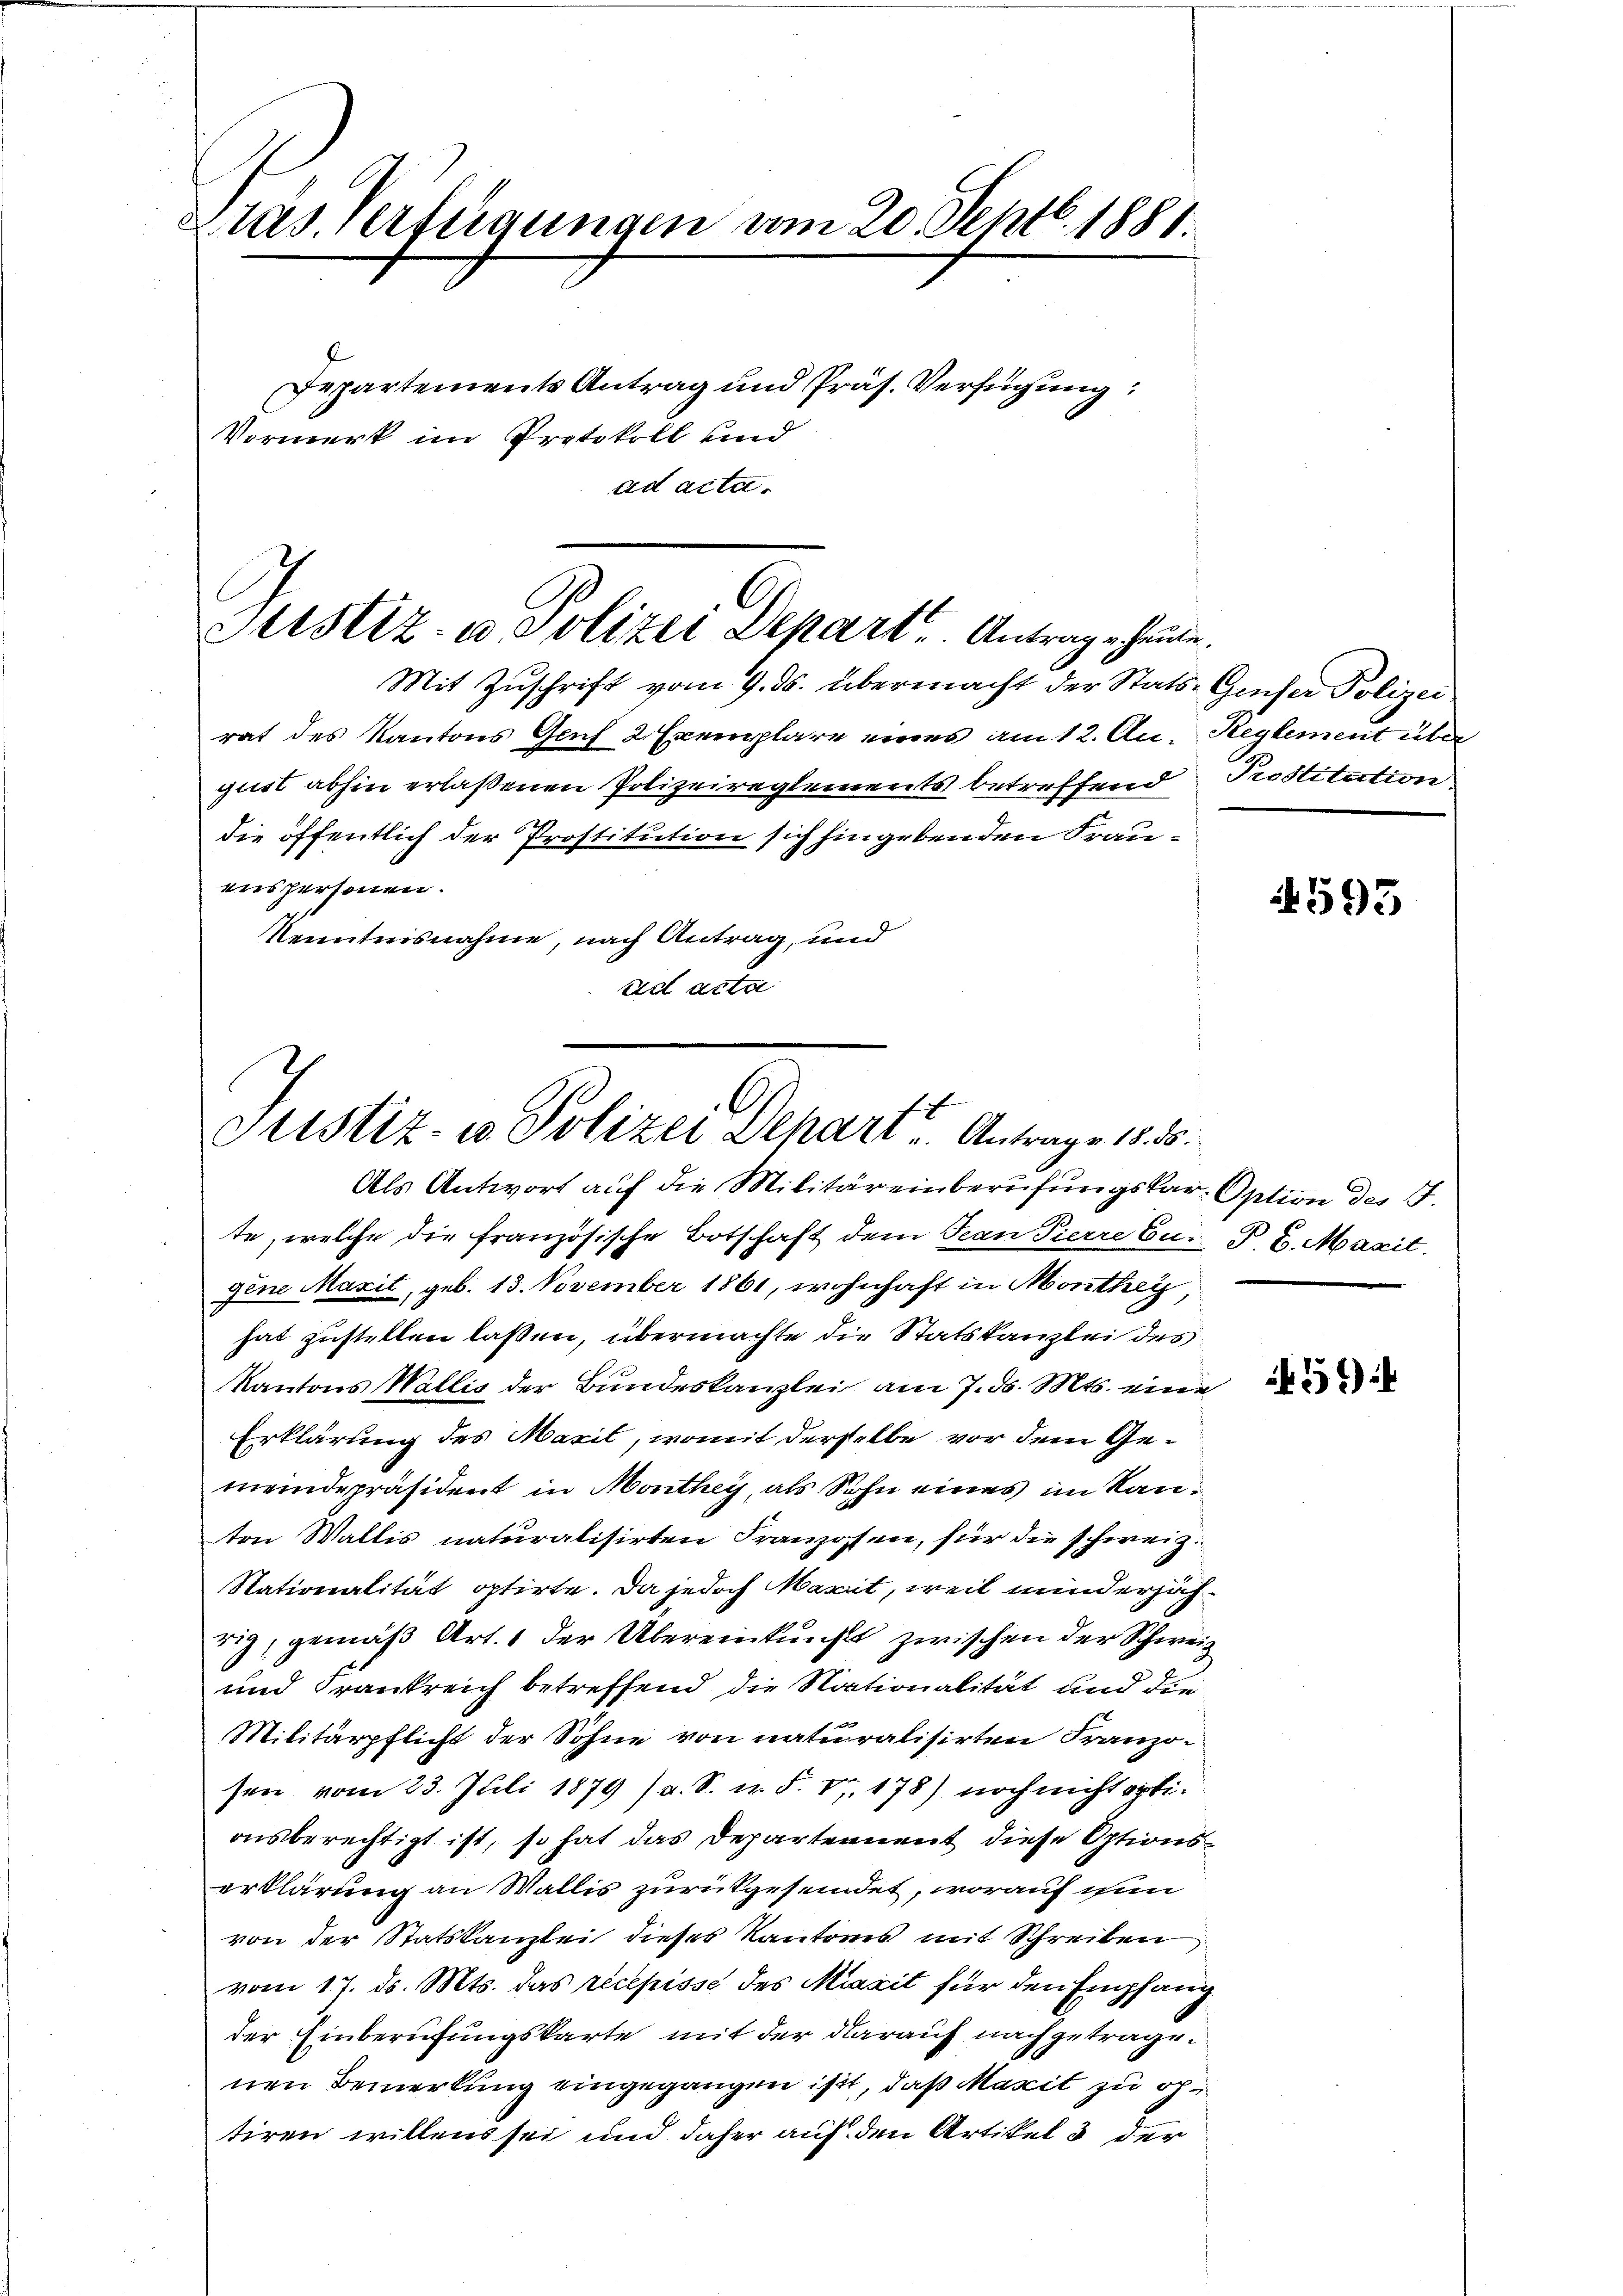
Präs. Verfügungen vom 20. Septb. 1881.
Departements Antrag und Präs. Verfügung:
Vormerk im Protokoll und
ad acta.

C
Sistiz- u Polizei Depart. Antrage heute.

Mit Zuschrift vom 9. ds. übermacht der Stats-Geser Polizei
rat des Kantons Genf 2 Exemplare eines am 12. A. Reglement über
gust abhin erlaßenen Polizeireglements betreffend
die öffentlich der Prostitution sich hingebenden Frauenspersonen.
Kenntnisnahme, nach Antrag, und
ad acta

Justiz- u Polizei Dehart. Antrage 188

Als Antwort auf die Militäreinberufungskar-Option des J.
te, welche die französische Botschaft dem Jean Pierre Cu. § 8. Marit
gene Maxit, geb. 13. November 1861, wohnhaft in Monthey,
hat zustellen lassen, übermachte die Statskanzlei des
Kantons Wallis der Bundeskanzlei am 7. ds. Mts. eine
Erklärung des Maxil, womit derselbe vor dem Gemeindepräsident in Monthey, als Sohn eines im Kanton Wallis naturalisirten Franzosen, für die schweiz.
Nationalität optirte. Da jedoch Maxit, weil minderjährig, gemäß Art. 1 der Übereinkunft zwischen der Schweiz
und Frankreich betreffend die Nationalität und die¬
Militärpflicht der Sohne von naturalisirten Franzosen vom 23. Juli 1879 (a. S. n. F. V. 178) noch nicht optiausberechtigt ist, so hat das Departennent diese Optionserklärung an Wallis zurückgesendet, worauf ihm
von der Statskanzlei dieses Kantones mit Schreiben
vom 17. ds. Mts. das recepisse des Maxit für den Empfang
der Einberufungskarte mit der darauf nachgetragenen Bemerkung eingegangen ist, daß Maxit zu op
tiren willens sei und daher auf den Artikel 3 der

Prostitution.

4593